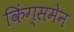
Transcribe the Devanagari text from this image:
किंग्समेन